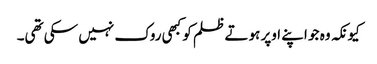
کیونکہ وہ جو اپنے اوپر ہوتے ظلم کو کبھی روک نہیں سکی تھی۔